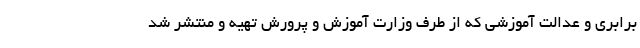
برابری و عدالت آموزشی که از طرف وزارت آموزش و پرورش تهیه و منتشر شد